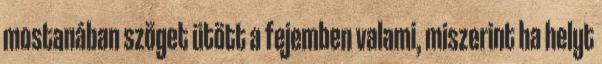
mostanában szöget ütött a fejemben valami, miszerint ha helyt